Vaccination in Bombay 1913-1923 - 1913-1923
Year: 1913
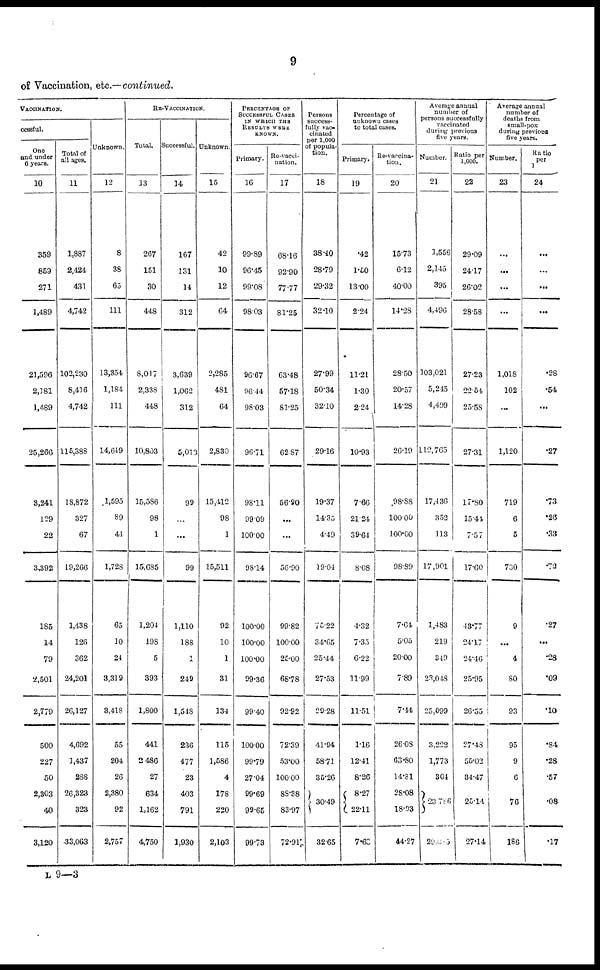
9
of Vaccination, etc.—continued.
VACCINATION.
cessful.
One
and under
6 years.
10
359
859
271
1,489
21,596
2,181
1,489
25,266
3,241
129
22
3,392
185
14
79
2,501
2,779
500
227
50
2,303
40
3,120
Total of
all ages.
11
1,887
2,424
431
4,742
102,230
8,416
4,742
115,388
18,872
327
67
19,266
1,438
126
362
24,201
26,127
4,692
1,437
288
26,323
323
33,063
Unknown.
12
8
38
63
111
13,354
1,184
111
14,649
1,595
89
41
1,728
65
10
24
3,319
3,418
55
204
26
2,380
92
2,757
RE-VACCINATION.
Total.
13
267
151
30
448
8,017
2,338
448
10,803
15,586
98
1
15,685
1,204
198
5
393
1,800
441
2,486
27
634
1,162
4,750
Successful.
14
167
131
14
312
3,639
1,062
312
5,013
99
...
...
99
1,110
188
1
249
1,548
236
477
23
403
791
1,930
Unknown.
15
42
10
12
64
2,285
481
64
2,830
15,412
98
1
15,511
92
10
1
31
134
115
1,586
4
178
220
2,103
PERCENTAGE OF
SUCCESSFUL CASES
IN WHICH THE
RESULTS WERE
KNOWN.
Primary.
16
99.89
96.45
99.08
98.03
96.67
96.44
98.03
96.71
98.11
99.09
100.00
98.14
100.00
100.00
100.00
99.36
99.40
10000
99.79
27.04
99.69
99.65
99.73
Re-vacci¬
nation.
17
68.16
92.90
77.77
81.25
63.48
57.18
81.25
62.87
56.90
...
...
56.90
99.82
100.00
25.00
68.78
92.92
72.39
53.00
100.00
88.38
83.97
72.91
Persons
success-
fully vac-
cinated
per 1,000
of popula-
tion.
18
38.40
28.79
29.32
32.10
27.99
50.34
32.10
29.16
19.37
14.35
4.49
19.04
75.22
34.65
25.44
27.53
29.28
41.94
58.71
35.26
30.49
32.65
Percentage of
unknown cases
to total cases.
Primary.
19
.42
l.50
13.00
2.24
11.21
1.30
2.24
10.93
7.66
21.24
39.64
8.08
4.32
7.35
6.22
11.99
11.51
1.16
12.41
8.26
8.27
22.11
7.68
Re-vaccina-
tion.
20
15.73
6.12
40.00
14.28
28.50
20.57
14.28
26.19
98.88
100.00
100.00
98.89
7.64
5.05
20.00
789
7.44
26.08
63.80
14.81
28.08
18.93
44.27
Average annual
number of
persons successfully
vaccinated
during previous
five years.
Number.
21
1,556
2,145
395
4,496
103,021
5,215
4,499
112,765
17,436
352
113
17,901
1,483
219
349
23,048
25,099
3,222
1,773
304
23,786
29,095
Ratio per
1,000.
22
29.09
24.17
26.02
28.58
27.23
22.54
25.58
27.31
17.80
15.41
7.57
17.60
43.77
24.17
24.46
25.95
26.55
27.48
55.02
34.47
25.14
27.14
Average annual
number of
deaths from
small-pox
during previous
five years.
Number.
23
...
...
...
...
1,018
102
...
1,120
719
6
5
730
9
...
4
80
93
95
9
6
76
186
Ratio
per
1
24
...
...
...
...
.28
.54
...
.27
.73
.26
.33
.72
.27
...
.28
.09
.10
.84
.28
.57
.08
.17
L 9—3